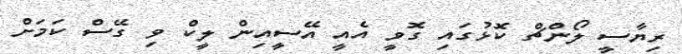
ރިޔާސީ ލޯންޗް ކޮޅުގައި ގޮވީ އެއީ އޭސީއިން ލީކް ވި ގޭސް ކަމަށް